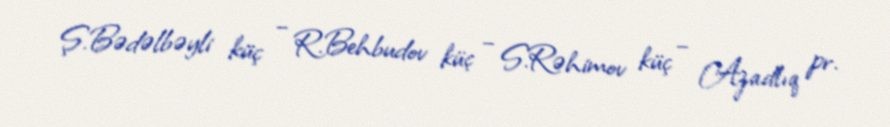
Ş.Bədəlbəyli küç – R.Behbudov küç – S.Rəhimov küç – Azadlıq pr.